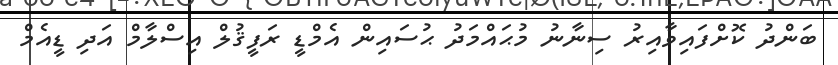
ބަންދު ކޮށްފައިވާއިރު ސިނާނު މުޙައްމަދު ޙުސައިން އެމްޑީ ރަފީޤުލް އިސްލާމް އަދި ޑީއެމް